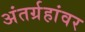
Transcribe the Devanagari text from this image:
अंतर्ग्रहांवर